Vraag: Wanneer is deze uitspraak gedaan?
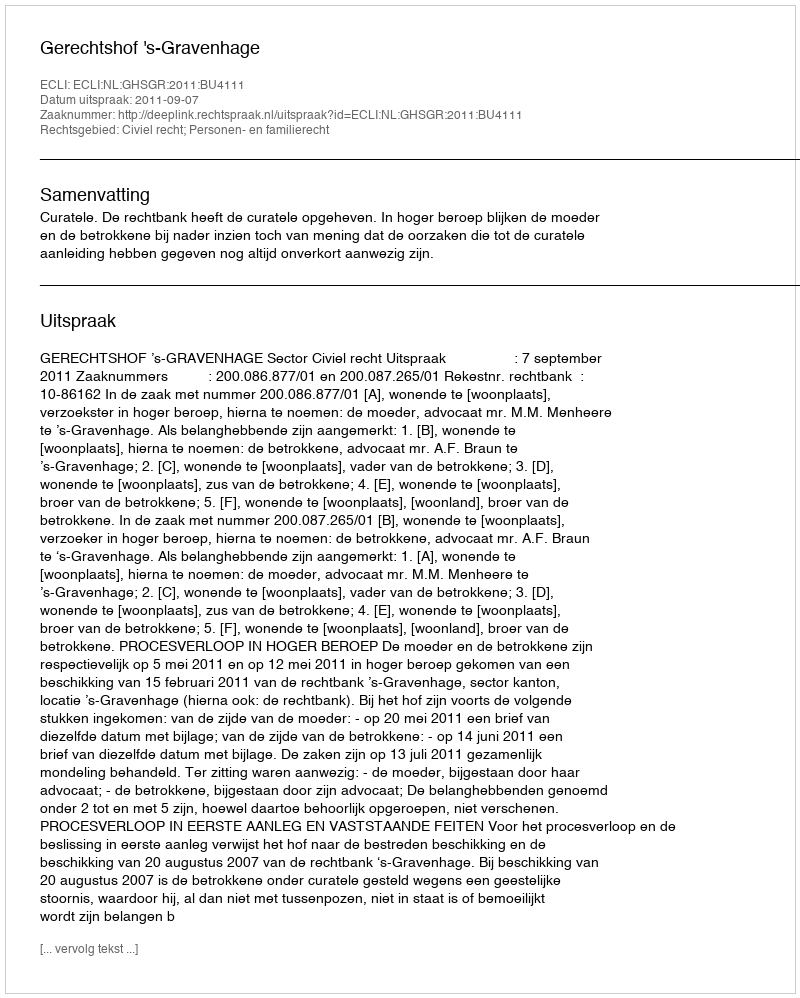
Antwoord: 2011-09-07